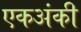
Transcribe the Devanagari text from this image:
एकअंकी